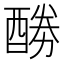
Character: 𮠲